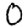
Digit: 0